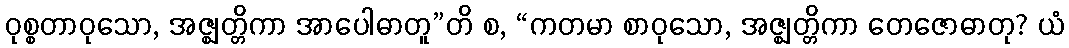
ဝုစ္စတာဝုသော, အဇ္ဈတ္တိကာ အာပေါဓာတူ”တိ စ, “ကတမာ စာဝုသော, အဇ္ဈတ္တိကာ တေဇောဓာတု? ယံ